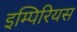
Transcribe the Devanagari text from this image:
इम्पिरियस